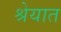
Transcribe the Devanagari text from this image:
श्रेयात